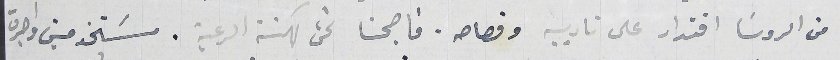
من الروسَا اقتدار على تاديبه وقصاصه. فاصبحنا نحن كهنة الرعية. مسَتخدمين واجرة